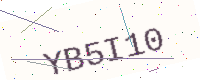
Text: YB5I10